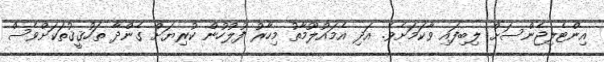
އިންޓެލިޖެންސަށް ލިބިފައި ވާކަމަށެވެ. އަދި އެމައުލޫމާތު މިހާރު ފުލުހުން ކުރިޔަށް ގެންދާ ތަހުޤީޤުތަކަށްވެސް